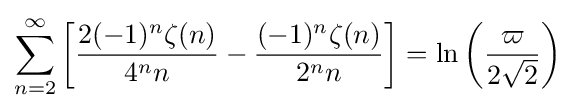
\sum _{n=2}^{\infty }\left[{\frac {2(-1)^{n}\zeta (n)}{4^{n}n}}-{\frac {(-1)^{n}\zeta (n)}{2^{n}n}}\right]=\ln \left({\frac {\varpi }{2{\sqrt {2}}}}\right)